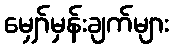
မျှော်မှန်းချက်များ